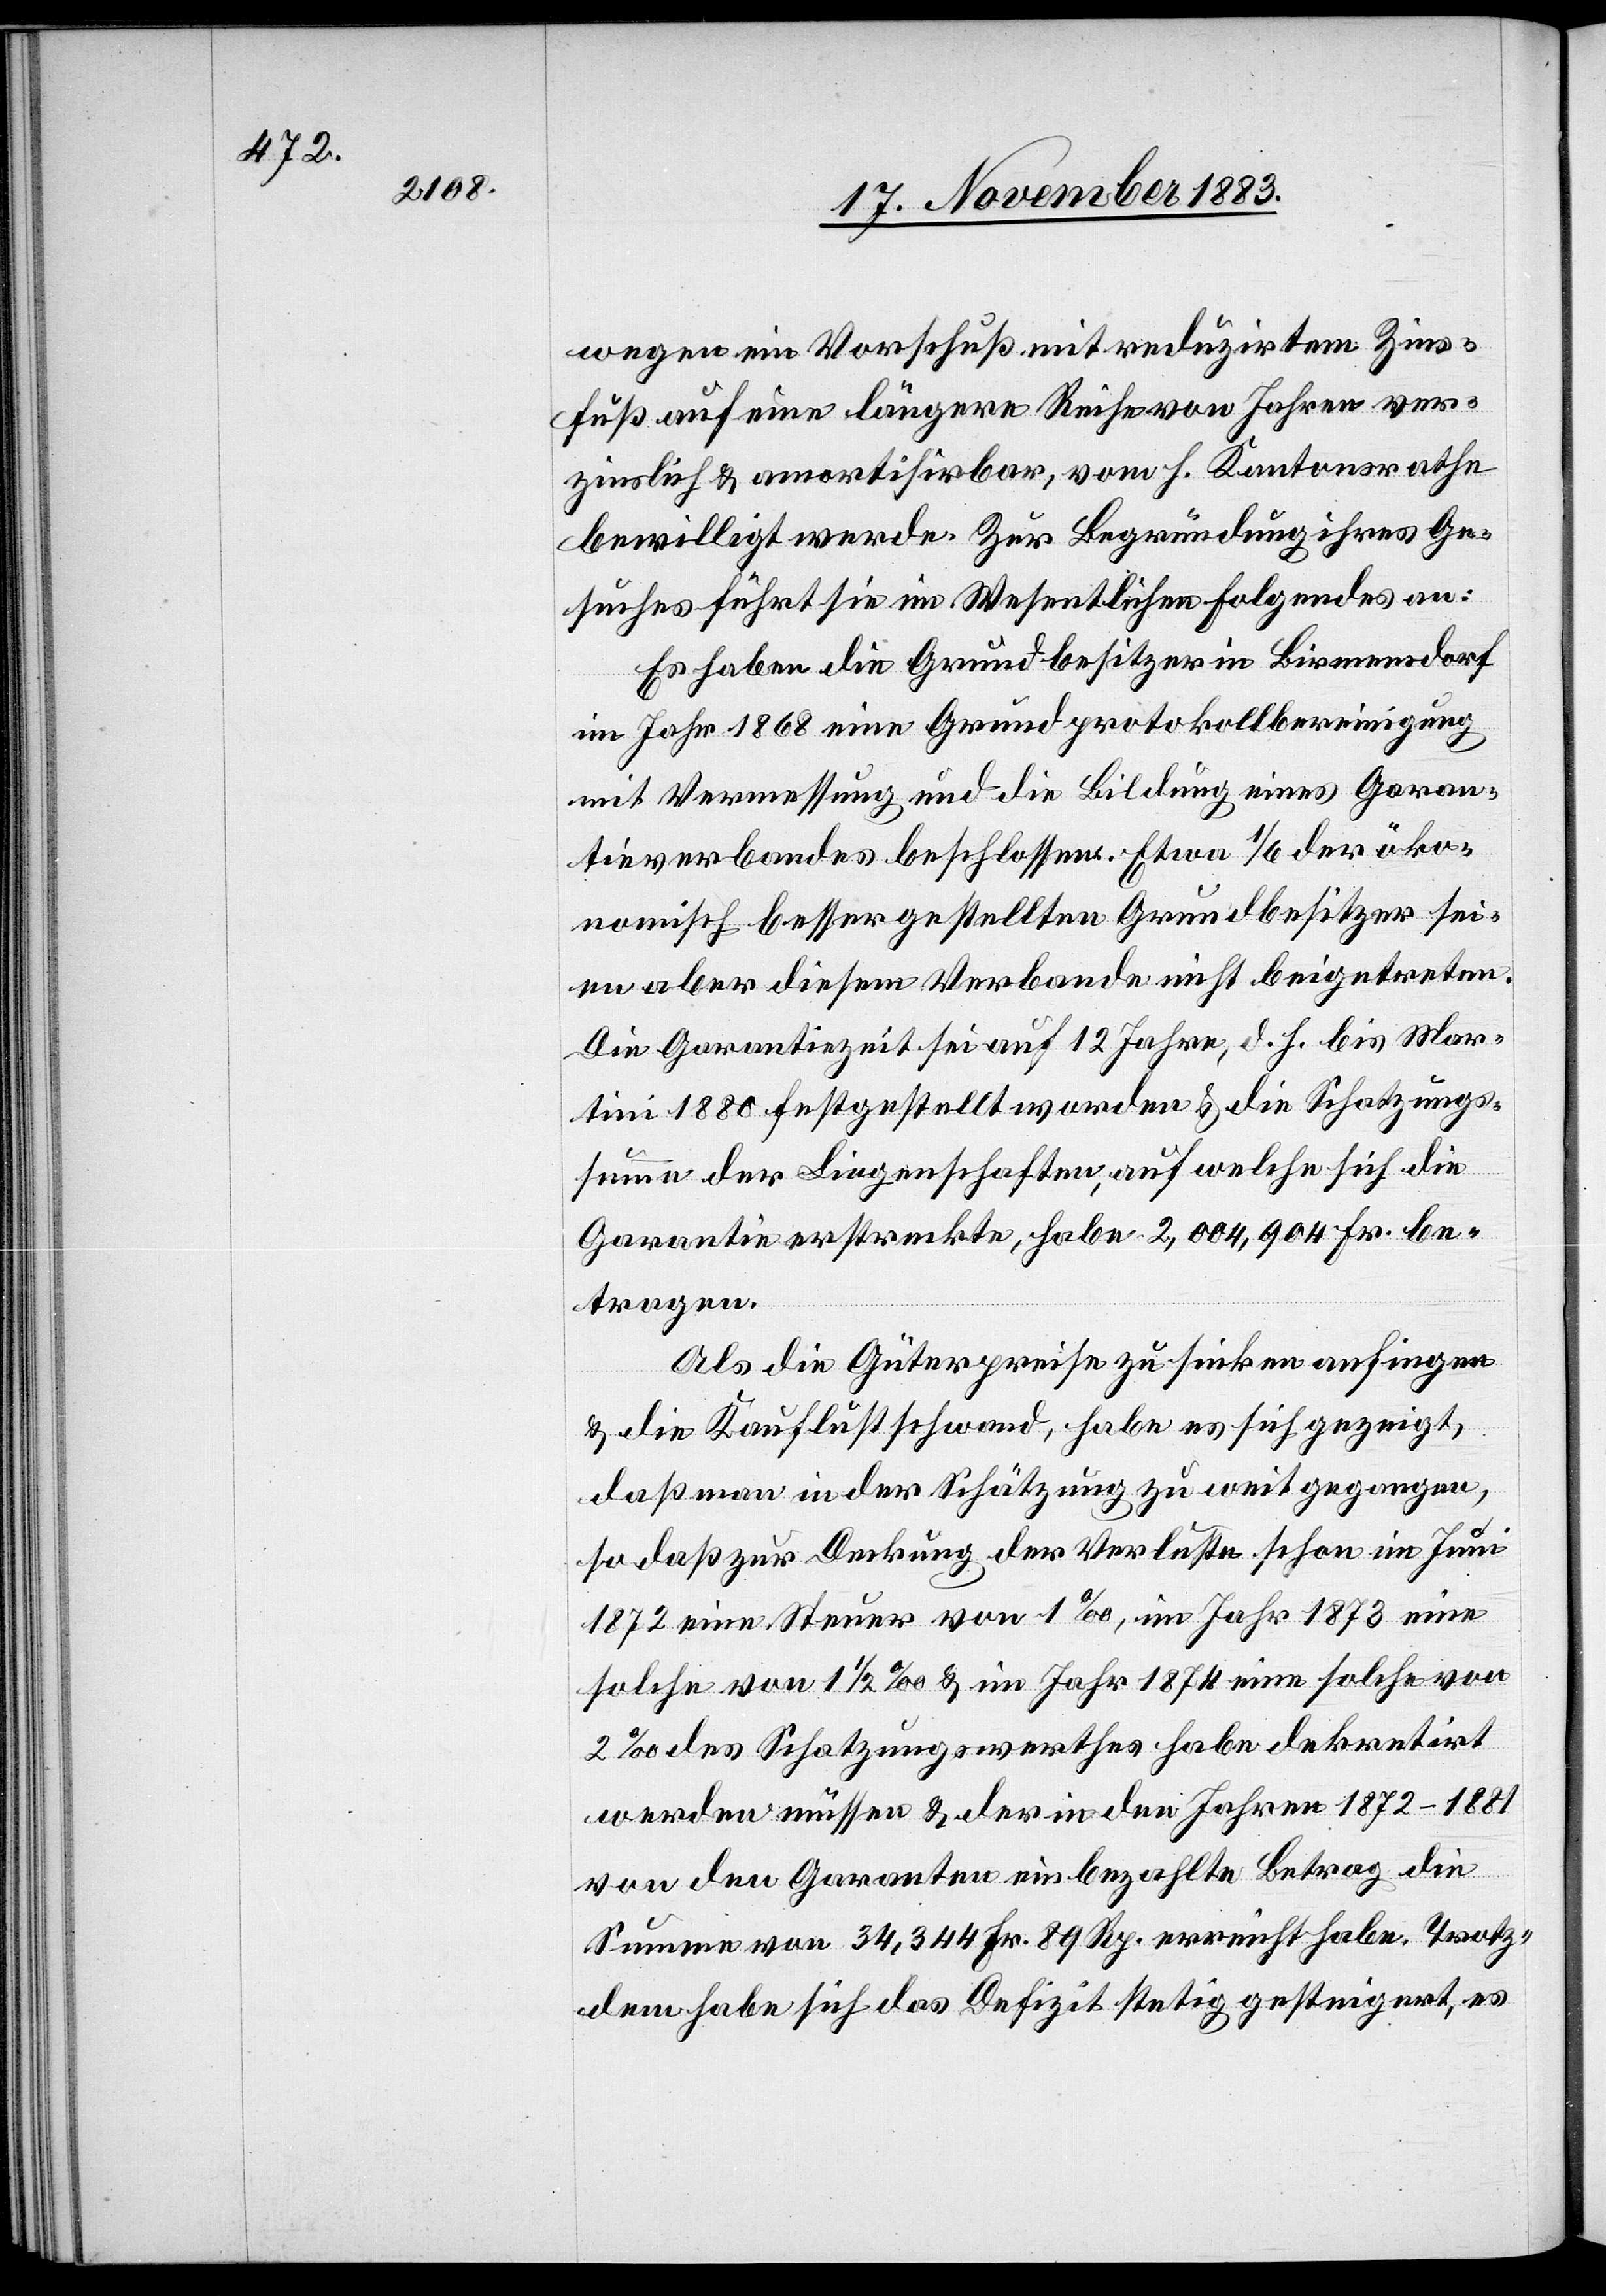
wegen ein Vorschuß mit reduzirtem Zins¬
fuß auf eine längere Reihe von Jahren ver¬
zinslich & amortisirbar, vom h. Kantonsrathe
bewilligt werde. Zur Begründung ihres Ge¬
suches führt sie im Wesentlichen Folgendes an:
Es haben die Grundbesitzer in Birmensdorf
im Jahr 1868 eine Grundprotokollbereinigung
mit Vermessung und die Bildung eines Garan¬
tieverbandes beschlossen. Etwa 1/6 der öko¬
nomisch besser gestellten Grundbesitzer sei¬
en aber diesem Verbande nicht beigetreten.
Die Garantiezeit sei auf 12 Jahre, d. h. bis Mar¬
tini 1880 festgestellt worden & die Schätzungs¬
summe der Liegenschaften, auf welche sich die
Garantie erstreckte, habe 2,004,904 Fr. be¬
tragen.
Als die Güterpreise zu sinken anfingen
& die Kauflust schwand, habe es sich gezeigt,
daß man in der Schätzung zu weit gegangen,
so daß zur Deckung der Verluste schon im Juni
1872 eine Steuer von 1‰, im Jahr 1873 eine
solche von 1 1/2‰ & im Jahr 1874 eine solche von
2‰ des Schatzungswerthes habe dekretirt
werden müssen & der in den Jahren 1872–1881
von den Garanten einbezahlte Betrag die
Summe von 24,344 Fr. 89 Rp. erreicht habe. Trotz¬
dem habe sich das Defizit stetig gesteigert, es